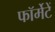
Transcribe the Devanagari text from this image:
फॉर्मेटें